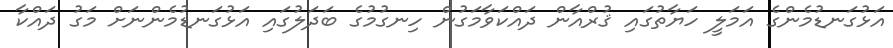
އަޅުގަނޑުމެންގެ އަމަލީ ހަޔާތުގައި ޤުރްއާން ދައްކަވާމަގުން ހިނގުމުގެ ބަދަލުގައި އަޅުގަނޑުމެންނަށް މަގު ދައްކާ